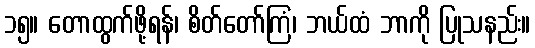
၁၅။ တောထွက်ဖို့ရန်၊ စိတ်တော်ကြံ၊ ဘယ်ထံ ဘာကို ပြုသနည်း။